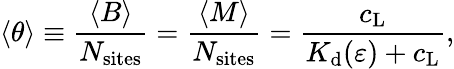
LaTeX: \langle\theta\rangle\equiv\frac{\langle B\rangle}{N_{\mathrm{sites}}}=\frac{\langle M\rangle}{N_{\mathrm{sites}}}=\frac{c_{\mathrm{L}}}{K_{\mathrm{d}}(\varepsilon)+c_{\mathrm{L}}},